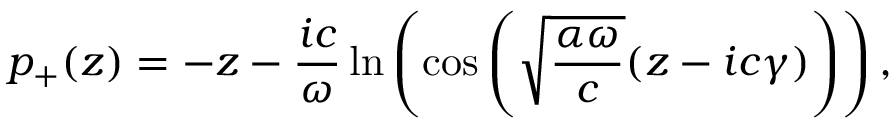
p _ { + } ( z ) = - z - \frac { i c } { \omega } \ln \left( \cos \left( \sqrt { \frac { \alpha \omega } { c } } ( z - i c \gamma ) \right) \right) ,